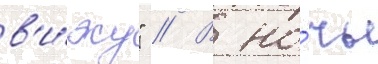
в'и́жу" // В но́чь